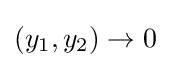
(y_{1},y_{2})\rightarrow 0